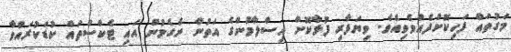
މަގުތައް ފަހިކޮށްދެއްވެވިއެވެ. ވިޔަފާރި ފުޅާކޮށް އިސްލާމުންގެ އަތުން ނެގެމުން އައި ޓެކްސްތައް ކުޑަކުރައްވާ